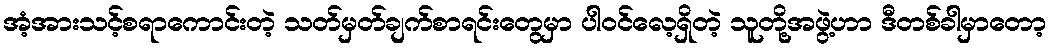
အံ့အားသင့်စရာကောင်းတဲ့ သတ်မှတ်ချက်စာရင်းတွေမှာ ပါဝင်လေ့ရှိတဲ့ သူတို့အဖွဲ့ဟာ ဒီတစ်ခါမှာတော့